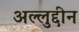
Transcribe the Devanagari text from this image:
अल्लुद्दीन